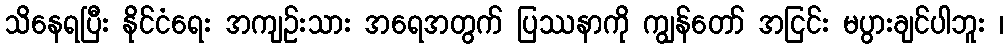
သိနေရပြီး နိုင်ငံရေး အကျဉ်းသား အရေအတွက် ပြဿနာကို ကျွန်တော် အငြင်း မပွားချင်ပါဘူး ၊